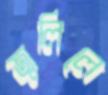
জ্বালিলে